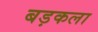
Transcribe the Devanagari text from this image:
बड़कला